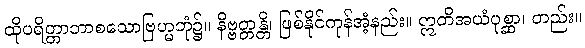
ထိုပရိတ္တာဘာစသောဗြဟ္မဘုံ၌။ နိဗ္ဗတ္တန္တိ၊ ဖြစ်နိုင်ကုန်အံ့နည်း။ ဣတိအယံပုစ္ဆာ၊ တည်း။